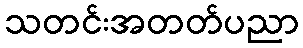
သတင်းအတတ်ပညာ